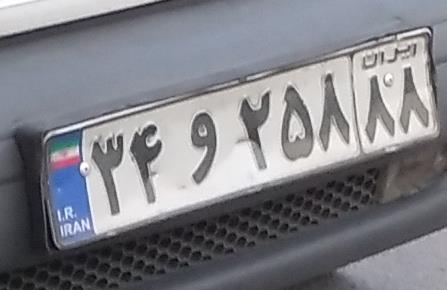
۳۴و۲۵۸۸۸